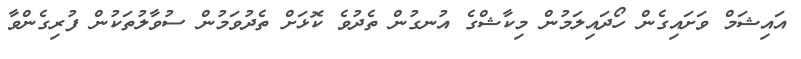
އައިޝަމް ވަށައިގެން ހޯދައިލަމުން މިކާޝްގެ އުނގުން ތެދުވެ ކޮޅަށް ތެދުވަމުން ސުވާލުތަކުން ފުރިގެންވާ